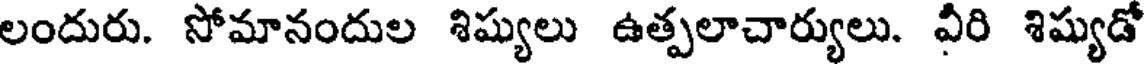
లందురు. సోమానందుల శిష్యులు ఉత్పలాచార్యులు. వీరి శిష్యుడో